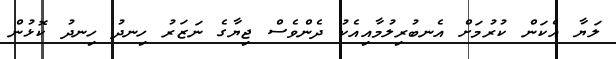
ލަޔާ އެކަން ކުރުމަށް އެނބުރިލުމާއިއެކު ދެންވެސް ޖިޔާގެ ނަޒަރު ހިނދު ހިނދު ކޮޅުން